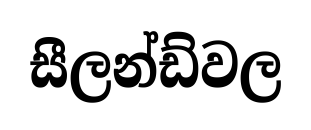
සීලන්ඩ්වල